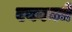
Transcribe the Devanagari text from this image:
एकामधे